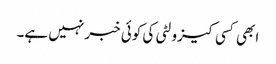
ابھی کسی کیزولٹی کی کوئی خبر نہیں ہے۔